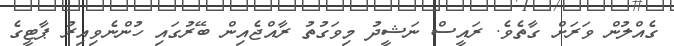
ގެއްލުން ވަރަށް ގާތެވެ. ރައީސް ނަޝީދު މިވަގުތު ރާއްޖެއިން ބޭރުގައި ހުންނެވިއިރު ޕާޓީގެ